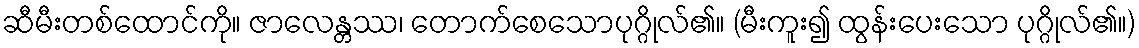
ဆီမီးတစ်ထောင်ကို။ ဇာလေန္တဿ၊ တောက်စေသောပုဂ္ဂိုလ်၏။ (မီးကူး၍ ထွန်းပေးသော ပုဂ္ဂိုလ်၏။)